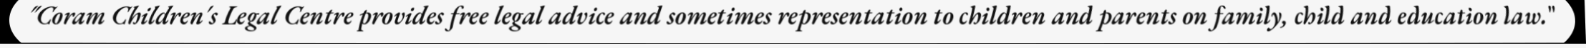
"Coram Children's Legal Centre provides free legal advice and sometimes representation to children and parents on family, child and education law."